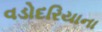
વડોદરિયાના